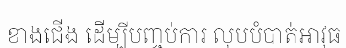
ខាងជើង ដើម្បីបញ្ចប់ការ លុបបំបាត់អាវុធ